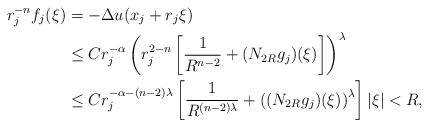
\begin{align*} r^{-n}_{j}f_j (\xi)&=-\Delta u(x_j +r_j \xi)\\ &\leq Cr^{-\alpha}_{j} \left( r^{2-n}_{j} \left[ \frac{1}{R^{n-2}} +(N_{2R} g_j )(\xi) \right] \right)^\lambda\\ &\leq Cr^{-\alpha-(n-2)\lambda}_{j} \left[ \frac{1}{R^{(n-2)\lambda}} +\left( (N_{2R} g_j)(\xi)\right)^\lambda \right] |\xi|<R, \end{align*}